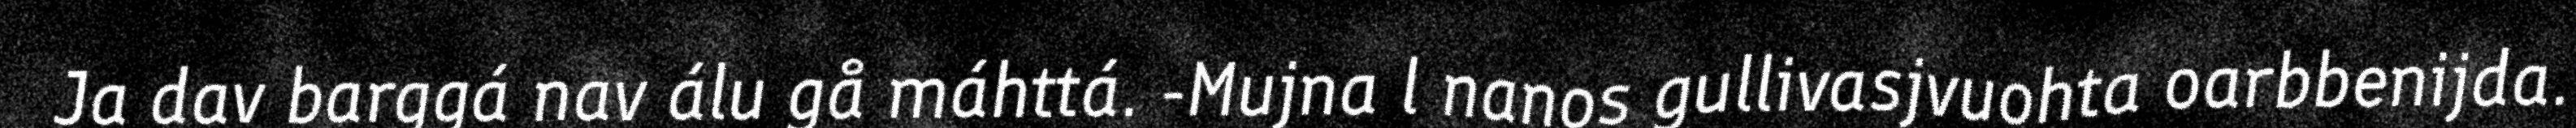
Ja dav barggá nav álu gå máhttá. -Mujna l nanos gullivasjvuohta oarbbenijda.